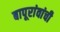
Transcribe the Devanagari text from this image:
बापूरांवांची